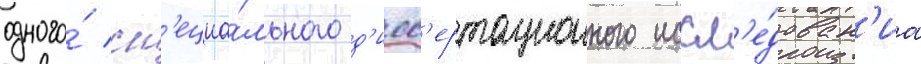
одного́ сп'ециа́льного д'исс'ертационного иссл'е́дован'иа